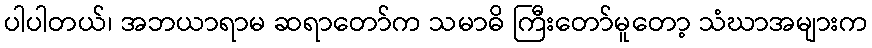
ပါပါတယ်၊ အဘယာရာမ ဆရာတော်က သမာဓိ ကြီးတော်မူတော့ သံဃာအများက